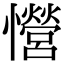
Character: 𢥏